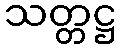
သတ္တဋ္ဌ